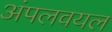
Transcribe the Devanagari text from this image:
अंपलवयल